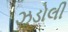
ઝડોલી